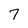
Character: 7